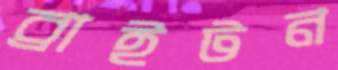
ব্রাইটন